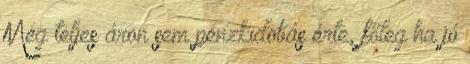
Még teljes áron sem pénzkidobás érte, főleg ha jó